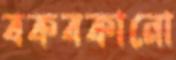
বকবকানো